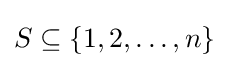
S\subseteq \{1,2,\dots ,n\}